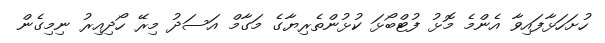
ހުށަހަޅާފައިވާ އެންމެ މޮޅު ފުޓްބޯޅަ ކުޅުންތެރިޔާގެ މަގާމް އަސަދު މިރޭ ހޯދިއިރު ނިމިގެން